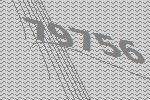
79756